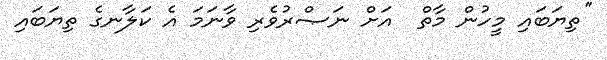
''ތިޔަބައި މީހުން މާތް  އަށް ނަޞްރުވެރި ވާނަމަ އެ ކަލާނގެ ތިޔަބައި